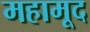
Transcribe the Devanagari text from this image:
महामूद